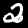
Digit: 2